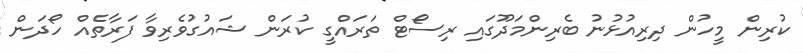
ކުރިން މީހުން ދިރިއުޅުނު ބެރިންމަދޫގައި ރިސޯޓް ތަރައްގީ ކުރަން ޝައުގުވެރިވާ ފަރާތެއް ހޯދަން